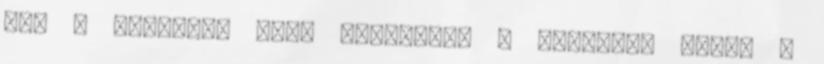
meg – Örülünk, hogy megkaptuk a rendezés jogát –